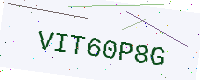
Text: VIT60P8G